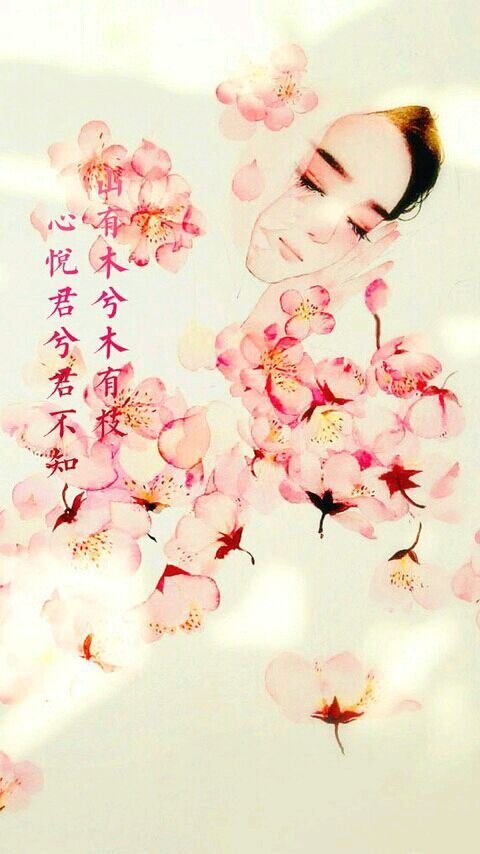
不知其子视其友，不知其君视其左右。